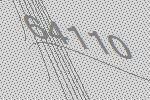
64110